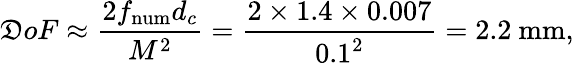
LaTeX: \mathfrak{D}oF\approx\frac{{2f_{\mathrm{{num}}}d_{c}}}{{M^{2}}}=\frac{{2\times1.4\times0.007}}{{0.1^{2}}}=2.2~\mathrm{{mm}},